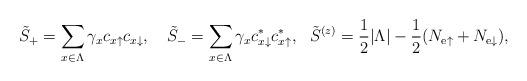
LaTeX: \begin{align*}\tilde{S}_+=\sum_{x\in \Lambda} \gamma_xc_{x\uparrow} c_{x\downarrow},\ \ \ \tilde{S}_-=\sum_{x\in \Lambda}\gamma_x c_{x\downarrow}^* c_{x\uparrow}^*,\ \ \tilde{S}^{(z)}=\frac{1}{2}|\Lambda|-\frac{1}{2}(N_{\mathrm{e}\uparrow}+N_{\mathrm{e}\downarrow}),\end{align*}